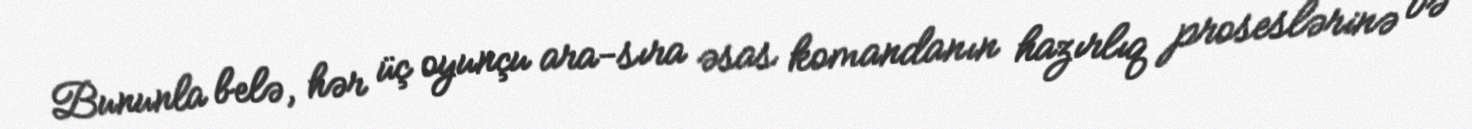
Bununla belə, hər üç oyunçu ara-sıra əsas komandanın hazırlıq proseslərinə və